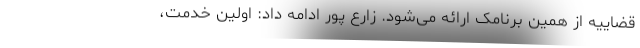
قضاییه از همین برنامک ارائه می‌شود. زارع پور ادامه داد: اولین خدمت،